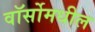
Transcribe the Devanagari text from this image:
वॉर्सोमधील